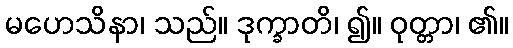
မဟေသိနာ၊ သည်။ ဒုက္ခာတိ၊ ၍။ ဝုတ္တာ၊ ၏။